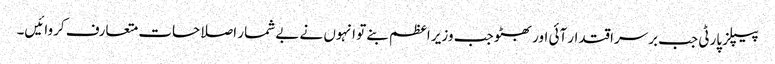
پیپلز پارٹی جب برسراقتدار آئی اور بھٹو جب وزیر اعظم بنے تو انہوں نے بے شمار اصلاحات متعارف کروائیں۔